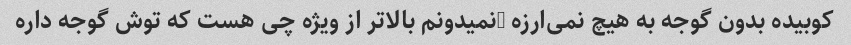
کوبیده بدون گوجه به هیچ نمی‌ارزه …نمیدونم بالاتر از ویژه چی هست که توش گوجه داره